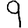
Digit: 9